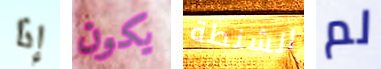
إذا يكون الشنطة لم